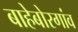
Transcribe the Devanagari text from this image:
बाहेबोरगांव